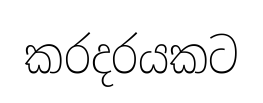
කරදරයකට